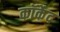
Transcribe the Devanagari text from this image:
कॉर्केद